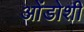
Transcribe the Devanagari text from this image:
ओंडोशी